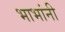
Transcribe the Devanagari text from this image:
भाभांनी